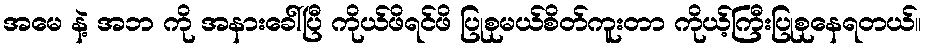
အမေ နဲ့ အဘ ကို အနားခေါ်ပြီ ကိုယ်ဖိရင်ဖိ ပြုစုမယ်စိတ်ကူးတာ ကိုယ့်ကြီးပြုစုနေရတယ်။